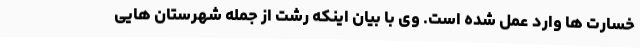
خسارت ها وارد عمل شده است. وی با بیان اینکه رشت از جمله شهرستان هایی